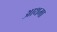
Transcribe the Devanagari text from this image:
आथमा